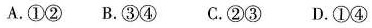
A.①② B.③④ C.②③ D.①④